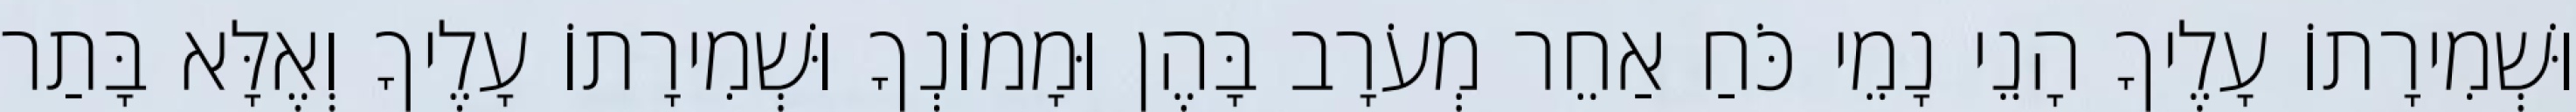
וּשְׁמִירָתוֹ עָלֶיךָ הָנֵי נָמֵי כֹּחַ אַחֵר מְעֹרָב בָּהֶן וּמָמוֹנְךָ וּשְׁמִירָתוֹ עָלֶיךָ וְאֶלָּא בָּתַר